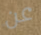
عن